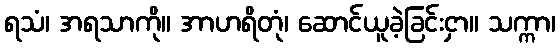
ရသံ၊ အရသာကို။ အာဟရိတုံ၊ ဆောင်ယူခဲ့ခြင်းငှာ။ သက္ကာ၊